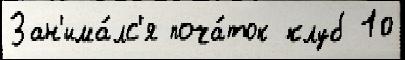
Зан'има́лс'я поча́ток клуб 10